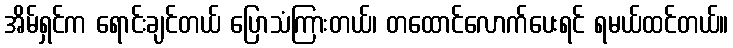
အိမ်ရှင်က ရောင်းချင်တယ် ပြောသံကြားတယ်၊ တထောင်လောက်ပေးရင် ရမယ်ထင်တယ်။